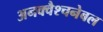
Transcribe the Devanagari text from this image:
अनक्वैश्चनेबल